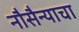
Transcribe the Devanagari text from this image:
नौसैन्याचा